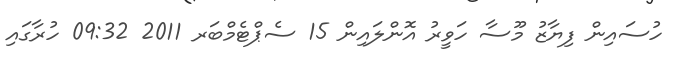
ހުސައިން ފިޔާޒު މޫސާ ހަވީރު އޮންލައިން 15 ސެޕްޓެމްބަރ 2011 09:32 ހުރާގައި